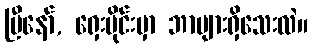
ပြီနော်, ရှေးပိုင်းမှာ ဘာများရှိသေးလဲ။